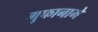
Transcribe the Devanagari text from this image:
गुफानामे